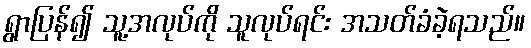
ရွာပြန်၍ သူ့အလုပ်ကို သူလုပ်ရင်း အသတ်ခံခဲ့ရသည်။